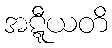
အဋ္ဋီယတိ